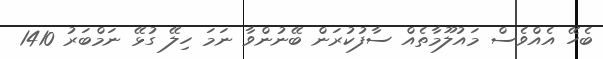
ބެހޭ އެއްވެސް މައުލޫމާތެއް ސާފުކުރަން ބޭނުންވާ ނަމަ ހިލޭ ގުޅޭ ނަމްބަރު 1410